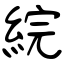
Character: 綄